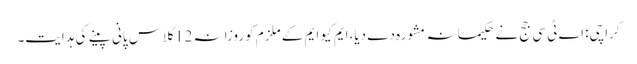
کراچی: اے ٹی سی جج نے حکیمانہ مشورہ دے دیا،ایم کیو ایم کے ملزم کوروزانہ 12 گلاس پانی پینے کی ہدایت۔